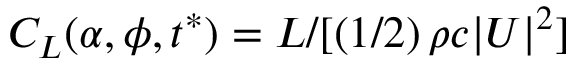
C _ { L } ( \alpha , \phi , t ^ { * } ) = L / [ \left( 1 / 2 \right) \rho c | \boldsymbol { U } | ^ { 2 } ]